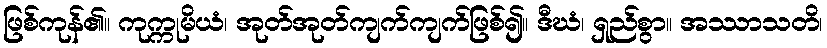
ဖြစ်ကုန်၏။ ကုက္ကုမိယံ၊ အုတ်အုတ်ကျက်ကျက်ဖြစ်၍။ ဒီဃံ၊ ရှည်စွာ။ အဿာသတိ၊